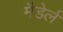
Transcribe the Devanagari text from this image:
मैडेर्ल